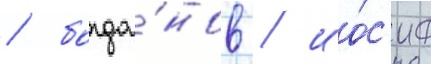
/ богда́нов / ио́с'иф